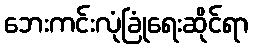
ဘေးကင်းလုံခြုံရေးဆိုင်ရာ